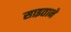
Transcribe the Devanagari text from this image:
साइताने